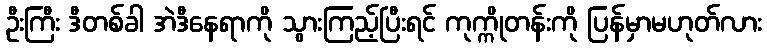
ဦးကြီး ဒီတစ်ခါ အဲဒီနေရာကို သွားကြည့်ပြီးရင် ကုက္ကိုတန်းကို ပြန်မှာမဟုတ်လား